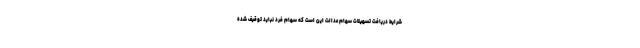
شرایط دریافت تسهیلات سهام عدالت این است که سهام فرد نباید توقیف شده